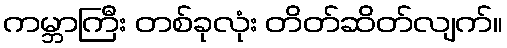
ကမ္ဘာကြီး တစ်ခုလုံး တိတ်ဆိတ်လျက်။